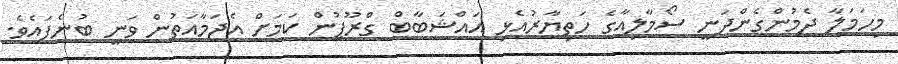
މިހަމަލާ ދެމުންގެންދަނީ ސޯމާލިއާގެ ހަތިޔާރުއެޅި އައްޝަބާބް ގްރޫޕުން ކަމަށް އެޖަމާއަތުން ވަނީ ބުނެފައެވެ.